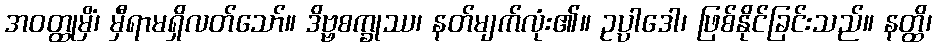
အဝတ္ထုမှိံ၊ မှီရာမရှိလတ်သော်။ ဒိဗ္ဗစက္ခုဿ၊ နတ်မျက်လုံး၏။ ဥပ္ပါဒေါ၊ ဖြစ်နိုင်ခြင်းသည်။ နတ္ထိ၊